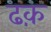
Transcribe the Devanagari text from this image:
ढक़